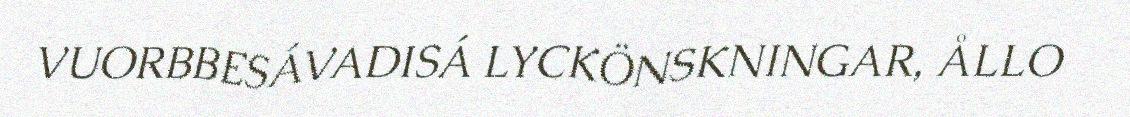
VUORBBESÁVADISÁ LYCKÖNSKNINGAR, ÅLLO